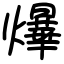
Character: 爗